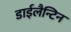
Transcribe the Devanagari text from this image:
डाईलैन्टिन